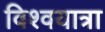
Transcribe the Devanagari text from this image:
विश्वयात्रा